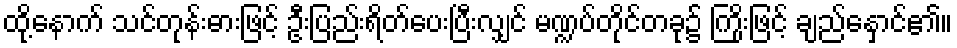
ထို့နောက် သင်တုန်းဓားဖြင့် ဦးပြည်းရိတ်ပေးပြီးလျှင် မဏ္ဍပ်တိုင်တခု၌ ကြိုးဖြင့် ချည်နှောင်၏။